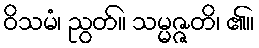
ဝိသမံ၊ ညွတ်။ သမ္မဇ္ဇတိ၊ ၏။